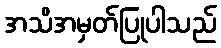
အသိအမှတ်ပြုပါသည်